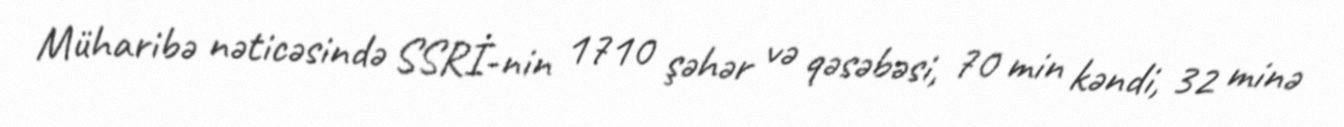
Müharibə nəticəsində SSRİ-nin 1710 şəhər və qəsəbəsi, 70 min kəndi, 32 minə